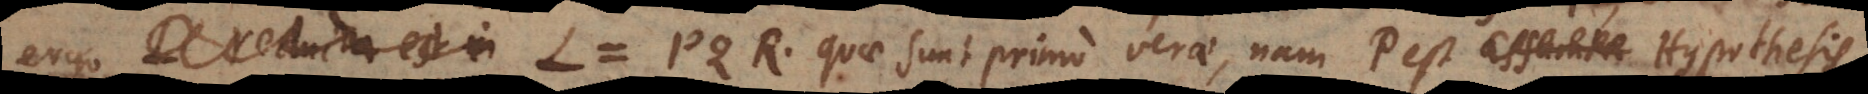
ergo L = PQR, quae sunt primo verae, nam P est Hypothesis,